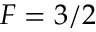
F = 3 / 2